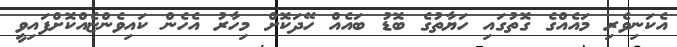
އެކަނިވެރި މައެއްގެ ގޮތުގައި ހަޔާތުގެ ބޮޑު ބައެއް ހޭދަކޮށް މިހާރު އެހެން ކައިވެންޏެއްކޮށްފައިވީ